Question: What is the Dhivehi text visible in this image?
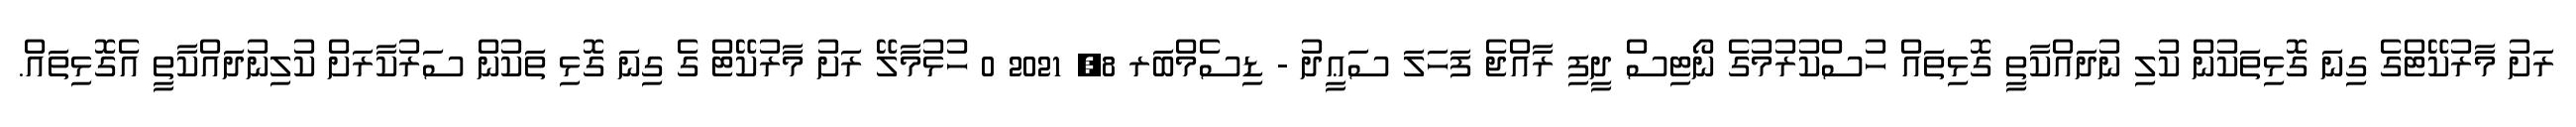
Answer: ރަށު މާރުކޭޓްގެ ގިނަ ގޮޅިތަކުން ކުލި ނުދައްކާތީ ގޮޅިތައް ހުސްކުރުމުގެ ނޯޓިސް ދީފި ރާއްޖެ ފަހަލަ ސަޢީދު - ޑިސެމްބަރ 8, 2021 0 ހުޅުމާލޭ ރަށު މާރުކޭޓް ގެ ގިނަ ގޮޅި ތަކުން ސަރުކާރަށް ކުލިނުދައްކާތީ އެގޮޅިތައް.